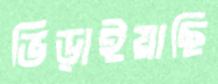
ভিড়াইয়াছি